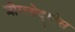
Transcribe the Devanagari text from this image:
त्रोग्लोद्य्तेस